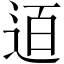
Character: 𨒹